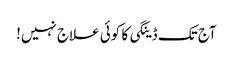
آج تک ڈینگی کا کوئی علاج نہیں!